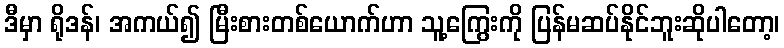
ဒီမှာ ရိုဒန်၊ အကယ်၍ မြီးစားတစ်ယောက်ဟာ သူ့ကြွေးကို ပြန်မဆပ်နိုင်ဘူးဆိုပါတော့၊